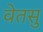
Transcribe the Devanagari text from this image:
वेतसु